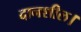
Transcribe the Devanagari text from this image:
दानशील।